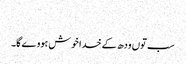
‏
سب توں ودھ کے خدا خوش ہووے گا۔